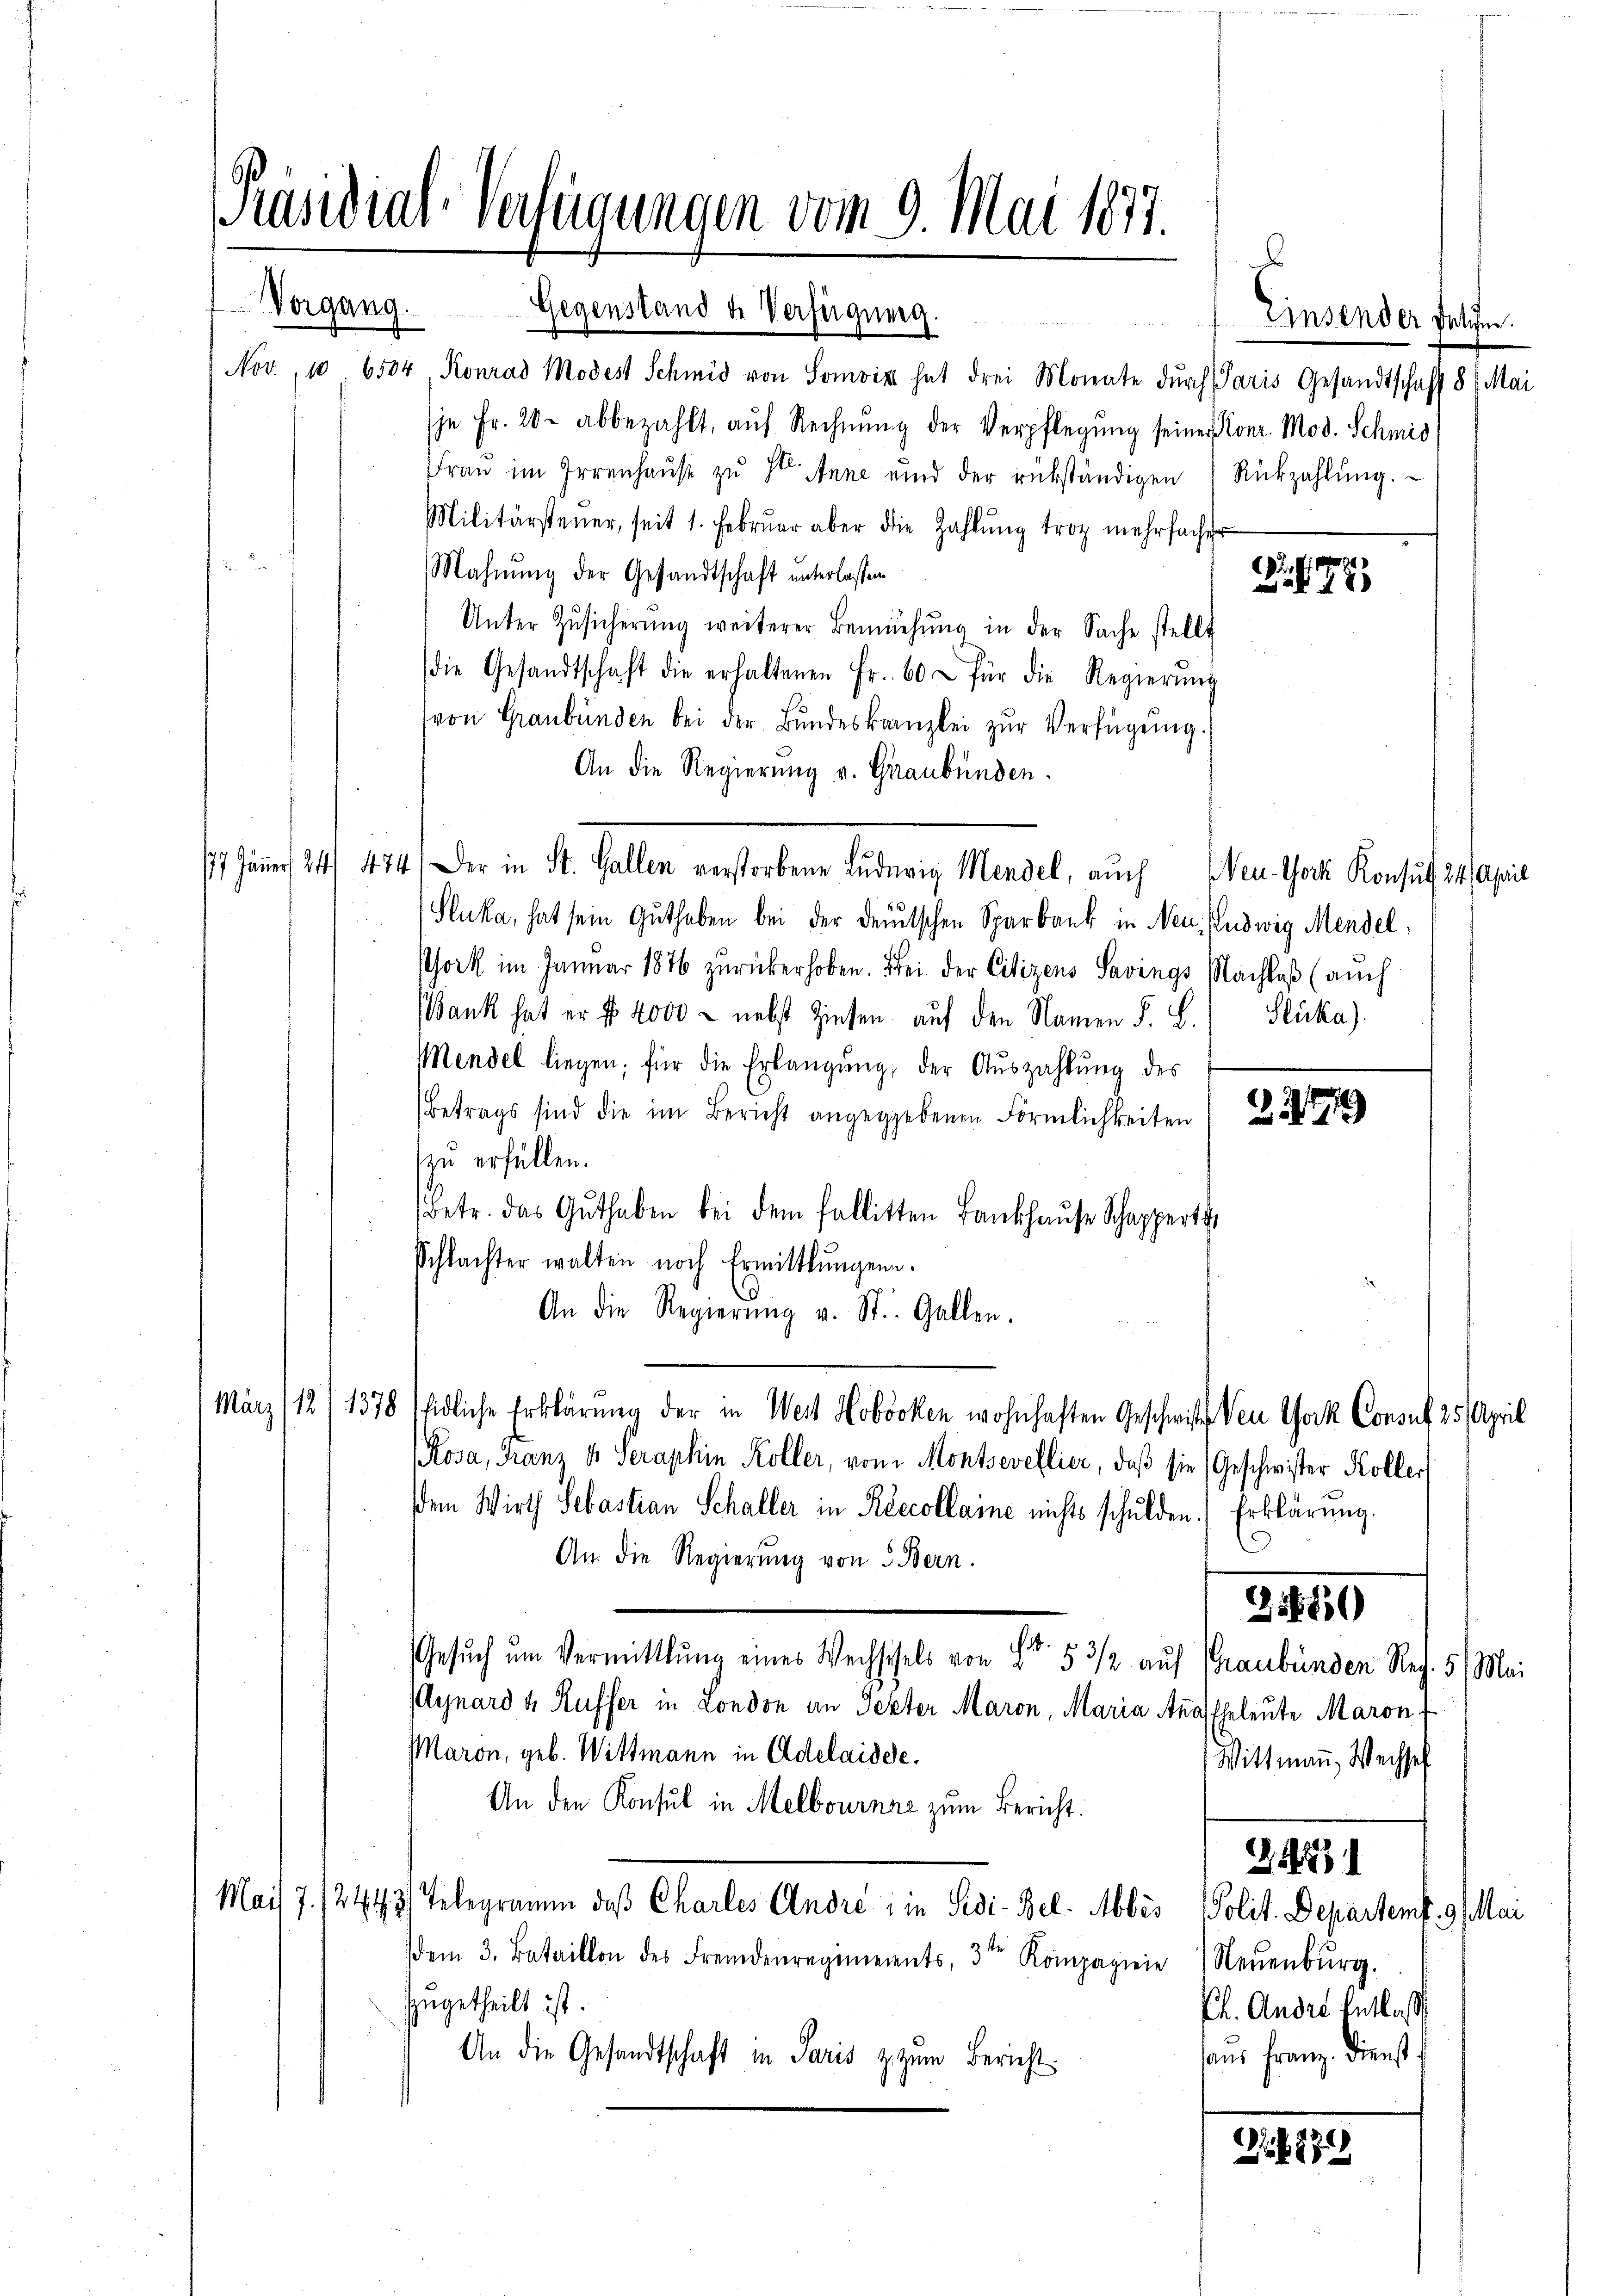
Gegenstand der Verfügung.
Nov. 106504, Konrad Modest Schmid von Somviz hat drei Monate dŭrch Paris Gesandtschaft 8 Mai
je Fr. 20. abbezahlt, auf Rechnung der Verpflegung seiner Konr. Mod. Schmid
Fraŭ im Irrenhaŭs zŭ St. Anne und der rükständigen Rückzahlŭng.
Militärsteuer, seit 1. Febrŭar aber die Zahlŭng trotz mehrfacher
d
Mahnung der Gesandtschaft unterlassen
Unter Zŭsicherŭng weiterer Bemühŭng in der Sache stellt
die Gesandtschaft die erhaltenen Fr. 60 - für die Regierŭng
von Graubünden bei der Bundeskanzlei zur Verfügung.
An die Regierung v. Graubünden.
17. Jänner 24. 474. Der in St. Gallen verstorbene Luderig Mendel, auch Neu-York Konsul 24. April
Sluka, hat sein Guthaben bei der deutschen Sparbank in Neu. Ludwig Mendel
stock im Januar 1876 zurückerhoben. Frei der Citizens Savings Nachlaβ (auch
Bank hat er f 2000 - nebst Zinsen auf den Namen F. L. Sticka).
Mendel liegen; für die Erlangung, der Aŭszahlŭng des
Betrags sind die im Bericht angegebenen Förmlichkeiten (
eu erfüllen.
betr. das Guthaben bei dem Fallitten Bankhause Schapperti
Schlachter walten noch Ermittlungen.
An die Regierŭng v. St. Gallen.
März (121378 (Eidliche Erklärung der in Wert Hoböcken wohnhaften Geschwiste Ven York Consul 25. April
Posa, Franz 40 Seraphie Koller, vom Montsevellier, daß sie (Geschwister Koller
dem Wirth Sebastian Schaller in Reccollaine nichts schulden.) Erklärŭng.
An die Regierung von 3 Bern.
21859
Gesuch um Vermittlung eines Wechschels von Fr. 5 3/2 auf Graubünden Ref. 5 Mai
Aynard & Russer in London an Pezter Maron, Maria Anas Eheleute Maron
Maron, geb. Wittmann in Adelaidee.
Wittmann, Wechseh
An den Konsul in Melbournae zum Bericht:
24471
Mai 7./2443) Telegramm, daß Charles Andre ; in Sedi-Bel. Abbis Polit. Departemb. 9. Mai
dem 3. Bataillon des Fremdenregiments, 3te Kompagnie Neŭenbŭrg.
zugetheilt ist.
Ct. Andre Entlass
aus franz. Dienst
An die Gesandtschaft in Paris zum Bericht

Präsidial-Verfügungen vom 9. Mai 1877.

Vorgang.

Einsender Fallen.

.
 8

179